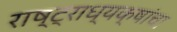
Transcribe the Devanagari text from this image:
राष्ट्राध्यक्षांचा